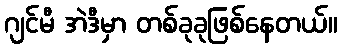
ဂျင်မီ အဲဒီမှာ တစ်ခုခုဖြစ်နေတယ်။